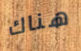
هناك